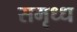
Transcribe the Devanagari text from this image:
समृध्ध